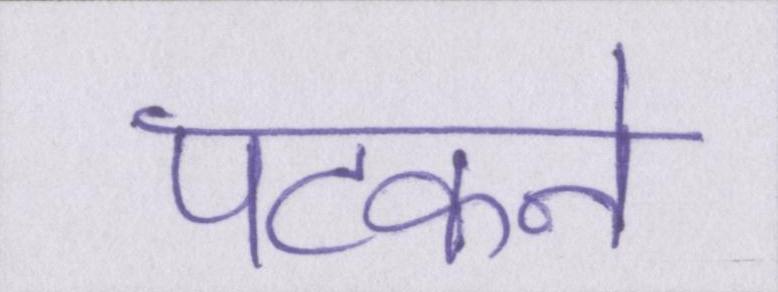
पटकने